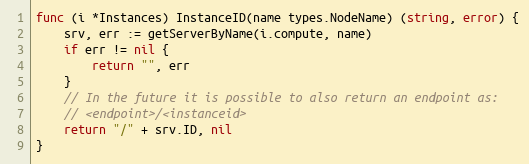
Language: Go
func (i *Instances) InstanceID(name types.NodeName) (string, error) {
	srv, err := getServerByName(i.compute, name)
	if err != nil {
		return "", err
	}
	// In the future it is possible to also return an endpoint as:
	// <endpoint>/<instanceid>
	return "/" + srv.ID, nil
}